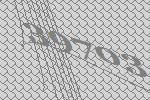
39703